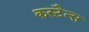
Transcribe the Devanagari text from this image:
कस्टैन्स